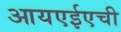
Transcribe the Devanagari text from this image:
आयएईएची